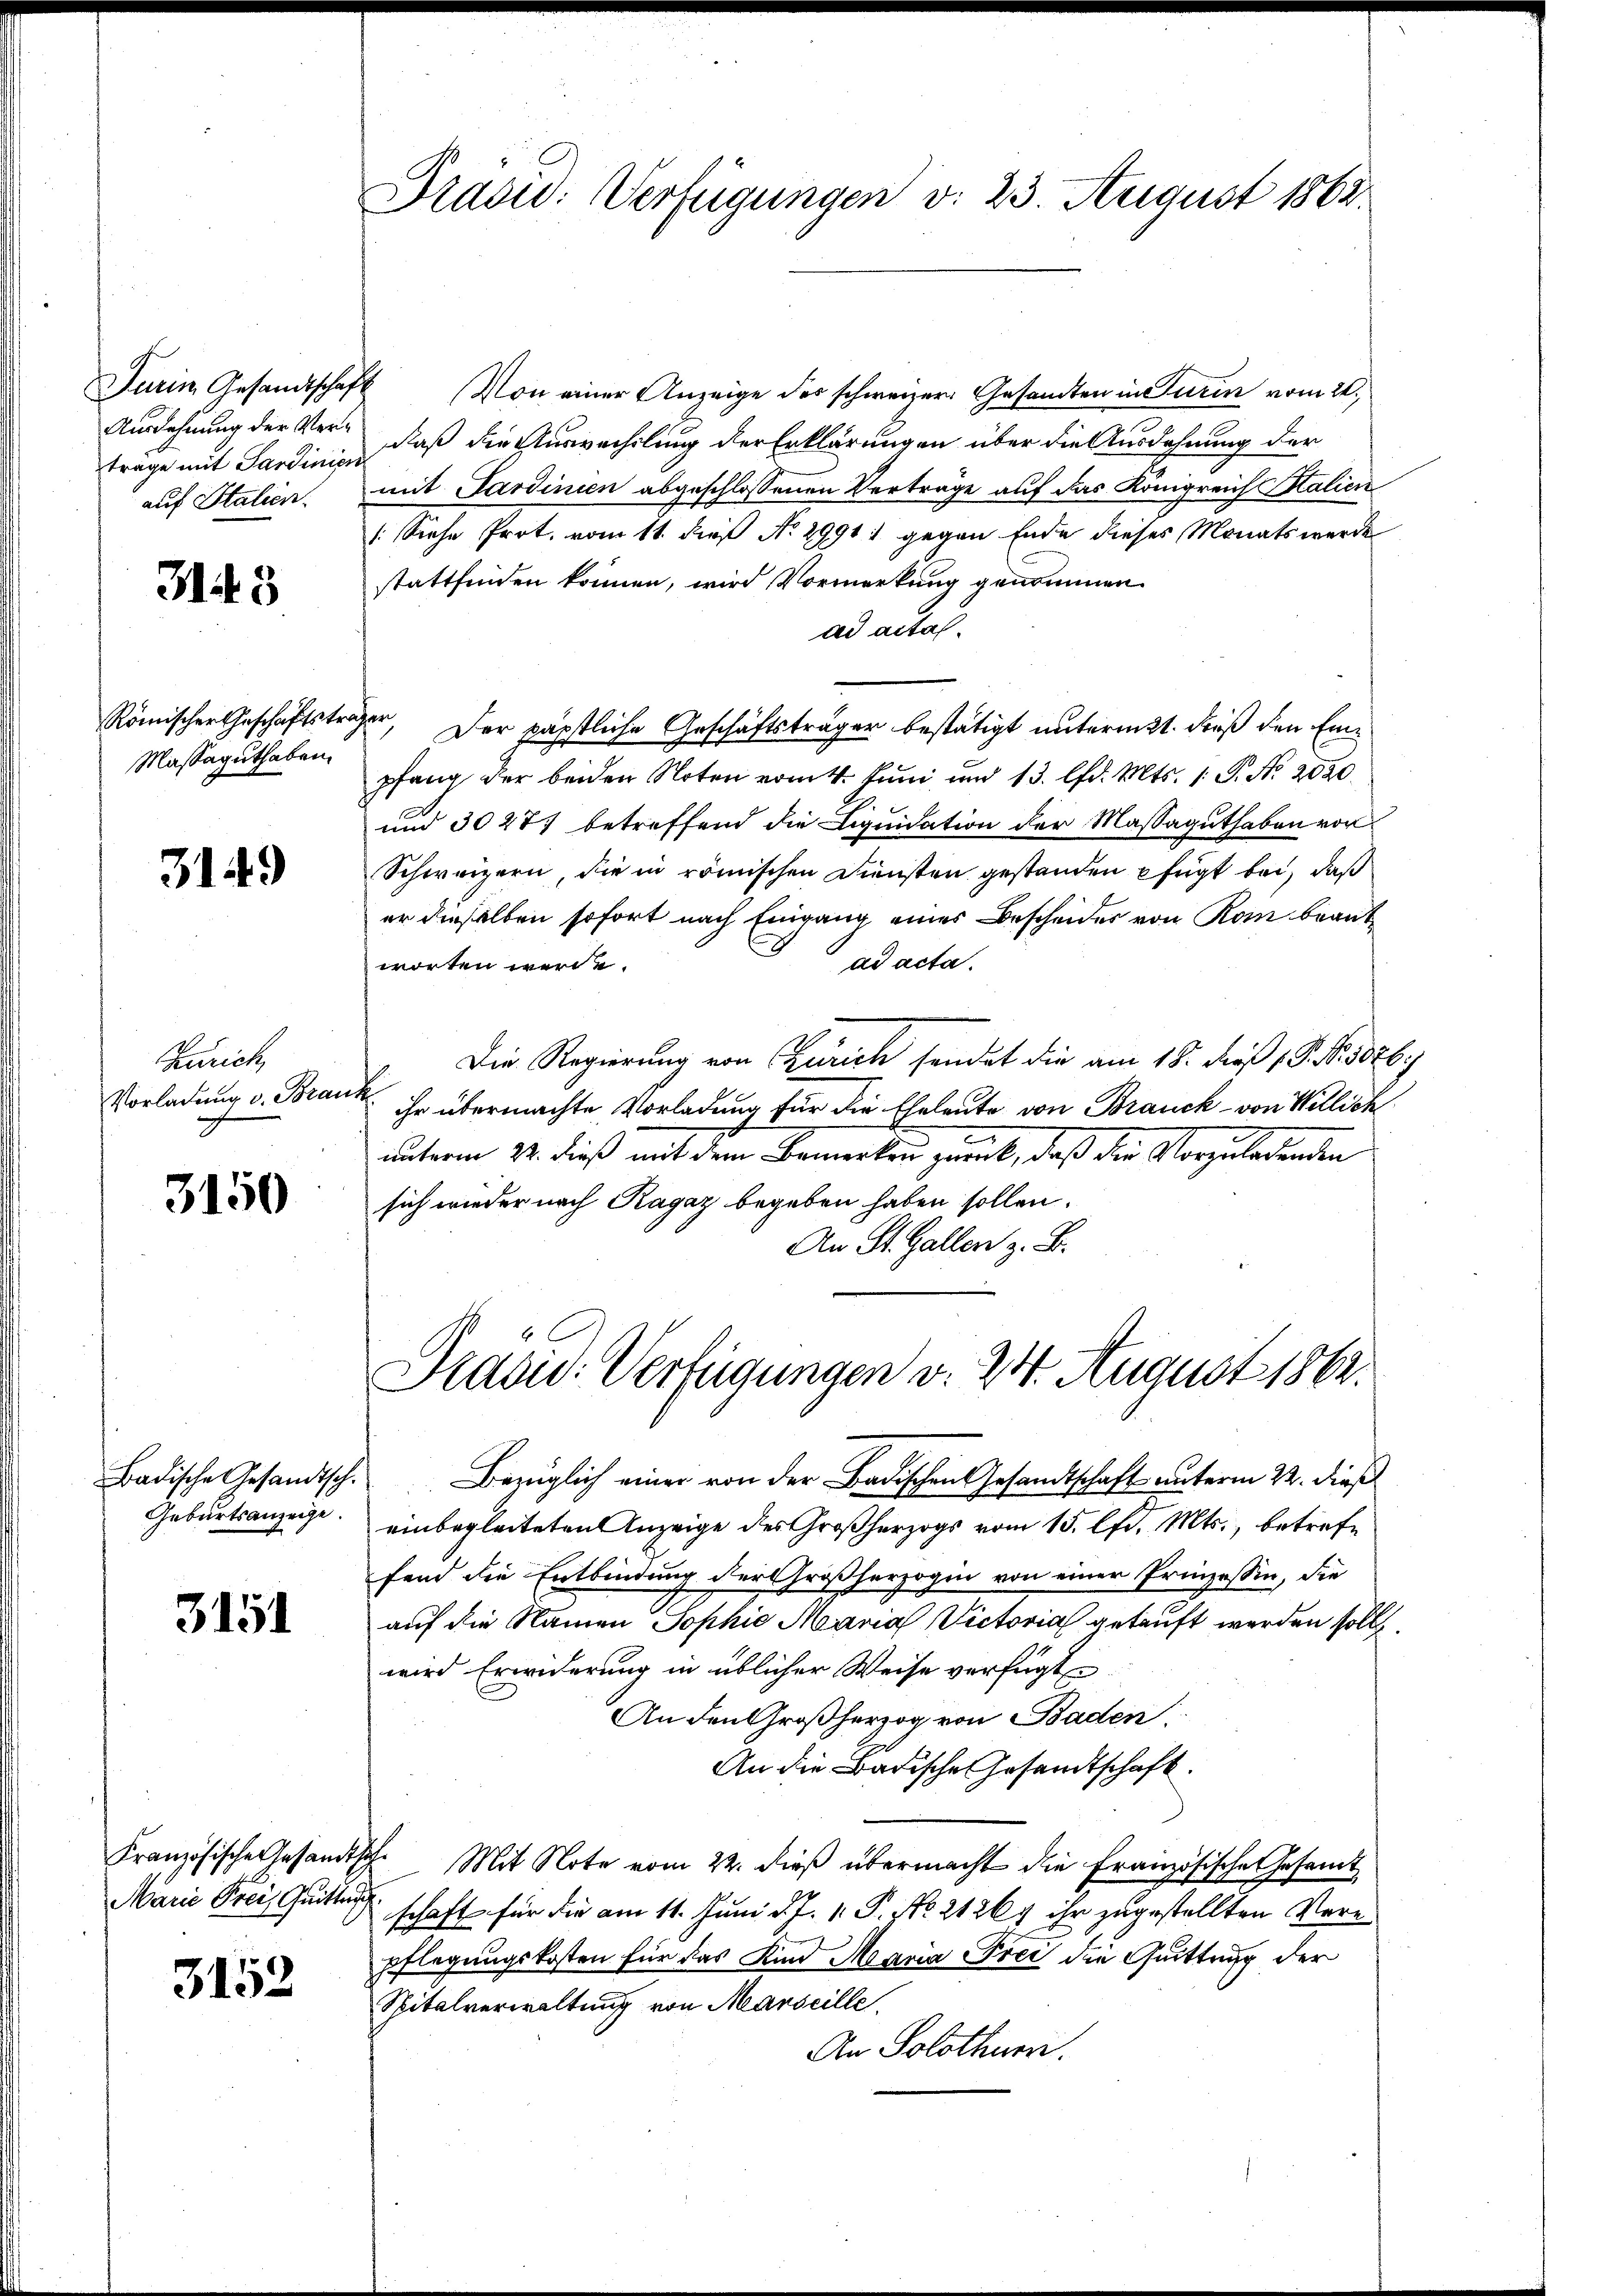
Ausdehnung der Verträge mit Sardiniere

3148

Massaguthaben.

3149

Zürich
Vorladung v. Brau

3150

Badische Gesandtsch.
Geburtsanzeige.

3151

Französische Gesandts
Marie Frei, Grittung

3152

Pradid: Verfügungen v. 23. August 1862.

Darin Gesandtschaft Von einer Anzeige des schweizer Gesandten in Turin vom 24.
daß die Auswachslung der Erklärungen über die Ausdehnung der
auf Stalien, mit Sardinien abgeschlossenen Verträge auf das Königreich Stalien
: Siehe Prot. vom 11. dieß No 29911 gegen Ende dieses Monats werde
stattfinden können, wird Vormerkung genommen.
ad actal.
Römischen Geschäftsträger. Der päpstliche Geschäftsträger bestätigt untermitt. dieß den Empfang der beiden Noten vom 4. Juni und 13. lfd. Mts. 1. P. No. 2020
und 3027 betreffend die Liquidation der Massaguthaben vor
Schweizern, die in römischen Diensten gestanden pfügt bei, daß
er dieselben sofort nach Eingang eines Bescheider von Rom brant
ad acta.
worten werde.
Die Regierung von Zürich sendet die am 18. dieß 18. No. 8026)
f
ihr übermachte Vorladung für die Eheleute von Brauck- von Willich
unterm 22. dieß mit dem Bemerken zweck, daß die Vorzuladenden
sich wieder nach Ragaz begeben haben sollen.
An St. Gallen z. B.

Pradu: Verfügungen v. 24. August 1862.

Bezüglich einer von der Badischen Gesandtschaft unterm 22. dieß

einbegleiteten Anzeige des Großherzogs vom 15. lfd. Mts., betreffend die Entbindung der Großherzogin von einer Prinzeßin, die
auf die Namen Sophie Marial Victorial getauft werden sollt
wird Erwiderung in üblicher Weise verfügt
An den Großherzog von Baden.
An die Badische Gesandtschaft.
7. Mit Note vom 22. dieß übermacht die Französische Gesamt
schaft für die am 11. Juni d. J. 1. P. No. 21267 ihr zugestellten Vere
pflegungskosten für das Kind Maria Frei die Quittung der
Spitalverwaltung von Marseille.
An Solothurn.